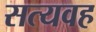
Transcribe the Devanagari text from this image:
सत्यवह